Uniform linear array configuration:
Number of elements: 64
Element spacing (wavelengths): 0.25
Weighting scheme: blackman
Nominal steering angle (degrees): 0
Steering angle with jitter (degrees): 1.099
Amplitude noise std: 0.05
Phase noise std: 0.05

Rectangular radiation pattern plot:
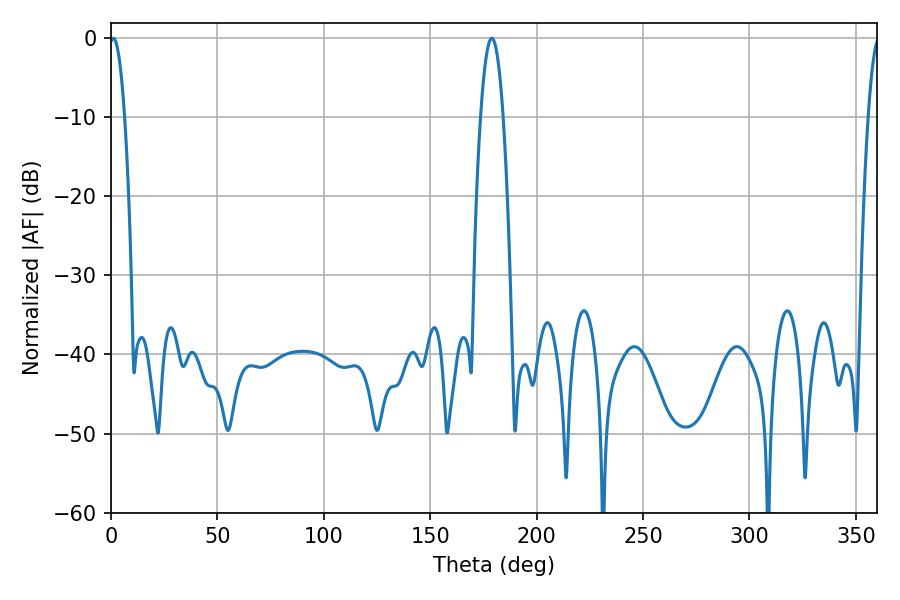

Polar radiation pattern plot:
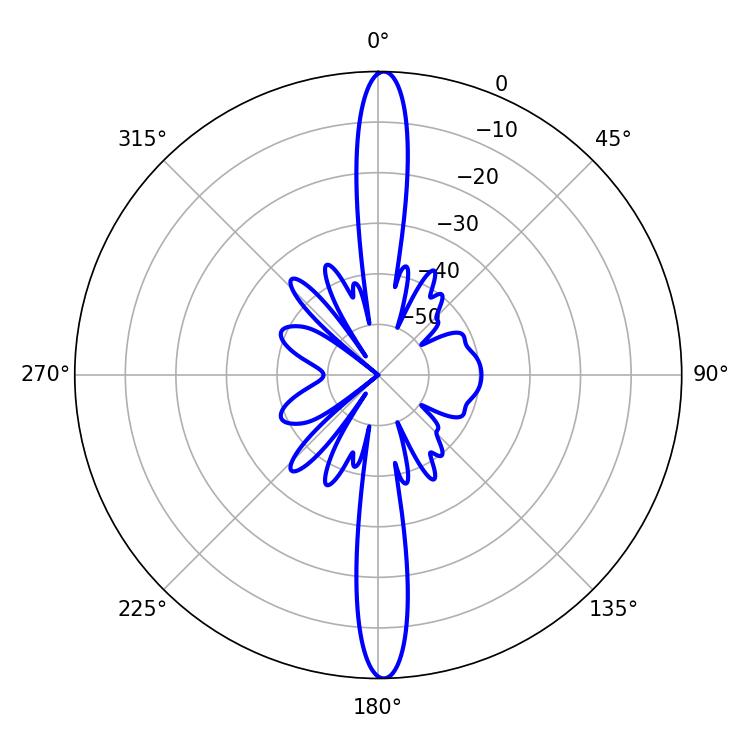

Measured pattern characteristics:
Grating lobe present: FALSE
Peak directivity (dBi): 26.92
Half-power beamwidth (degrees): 3.96
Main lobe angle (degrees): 1.08